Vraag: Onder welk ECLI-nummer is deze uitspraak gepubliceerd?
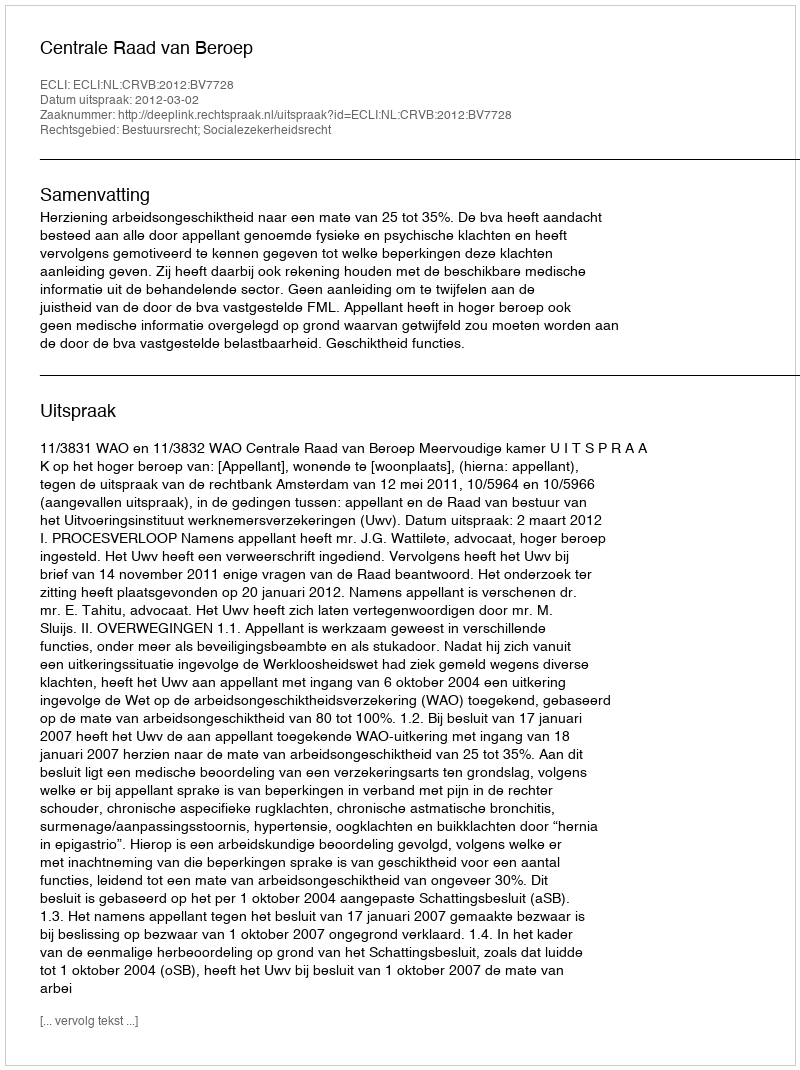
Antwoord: ECLI:NL:CRVB:2012:BV7728